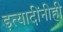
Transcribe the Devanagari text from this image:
इत्यादींनीही